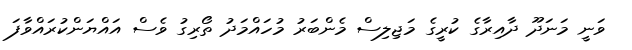
ވަނީ މަނަދޫ ދާއިރާގެ ކުރީގެ މަޖިލިސް މެންބަރު މުހައްމަދު ތޯރިގު ވެސް އައްޔަންކުރައްވާފަ